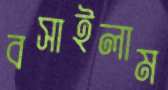
বসাইলাম